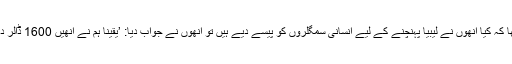
ملک کفاسم کی عمر 37 سال ہے اور ان کا تعلق اریٹریا ہے اور جب ان سے پوچھا کہ کیا انھوں نے لیبیا پہنچنے کے لیے انسانی سمگلروں کو پیسے دیے ہیں تو انھوں نے جواب دیا: ’یقیناً ہم نے انھیں 1600 ڈالر دیے خرطوم سے لیبیا کے لیے مگر بدقسمتی سے ہم کہیں پر گرفتار کر لیے گئے۔